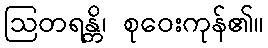
ဩတရန္တိ၊ စုဝေးကုန်၏။